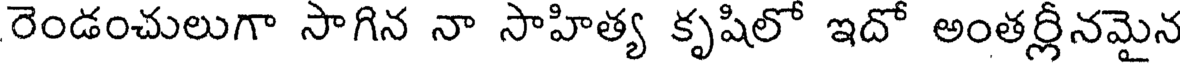
రెండంచులుగా సాగిన నా సాహిత్య కృషిలో ఇదో అంతర్లీనమైన